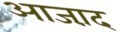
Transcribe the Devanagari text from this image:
आजा़द